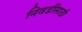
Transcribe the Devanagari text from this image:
निवडींसाठी